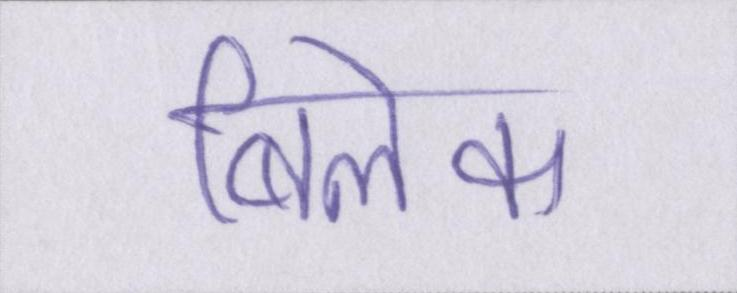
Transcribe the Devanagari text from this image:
बिलेक